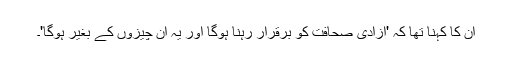
ان کا کہنا تھا کہ 'آزادی صحافت کو برقرار رہنا ہوگا اور یہ ان چیزوں کے بغیر ہوگا'۔